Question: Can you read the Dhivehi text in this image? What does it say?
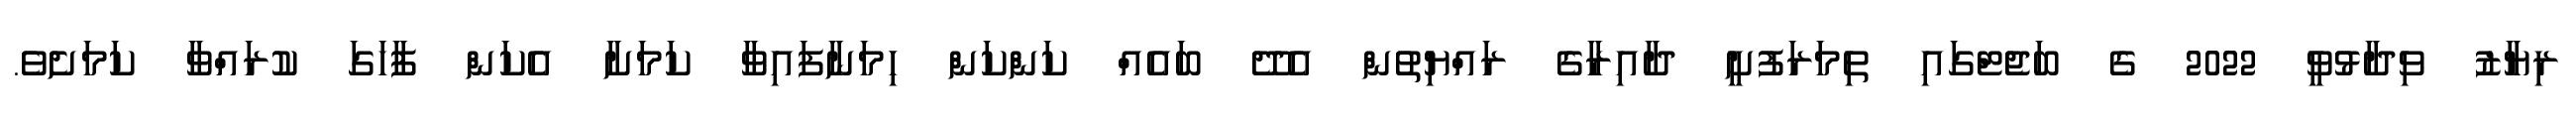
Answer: ރިޔާޒު ވިދާޅުވީ 2022 ގެ ބަޖެޓްގައި ތިމަރަފުށީ ދާއިރާގެ ރައްޔިތުން އެދޭ ބައެއް ކަންކަން ހިމަނާފައިވާ ކަމަށާ އެކަން ފާހަގަ ކުރައްވާ ކަމަށެވެ.